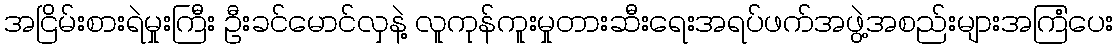
အငြိမ်းစားရဲမှုးကြီး ဦးခင်မောင်လှနဲ့ လူကုန်ကူးမှုတားဆီးရေးအရပ်ဖက်အဖွဲ့အစည်းများအကြံပေး